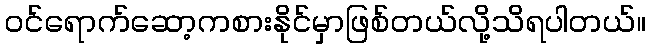
ဝင်ရောက်ဆော့ကစားနိုင်မှာဖြစ်တယ်လို့သိရပါတယ်။